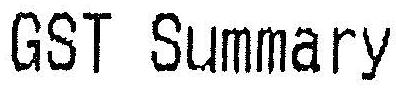
GST SUMMARY